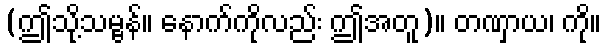
(ဤသို့သမ္ဗန်။ နောက်ကိုလည်း ဤအတူ)။ တဏှာယ၊ ကို။